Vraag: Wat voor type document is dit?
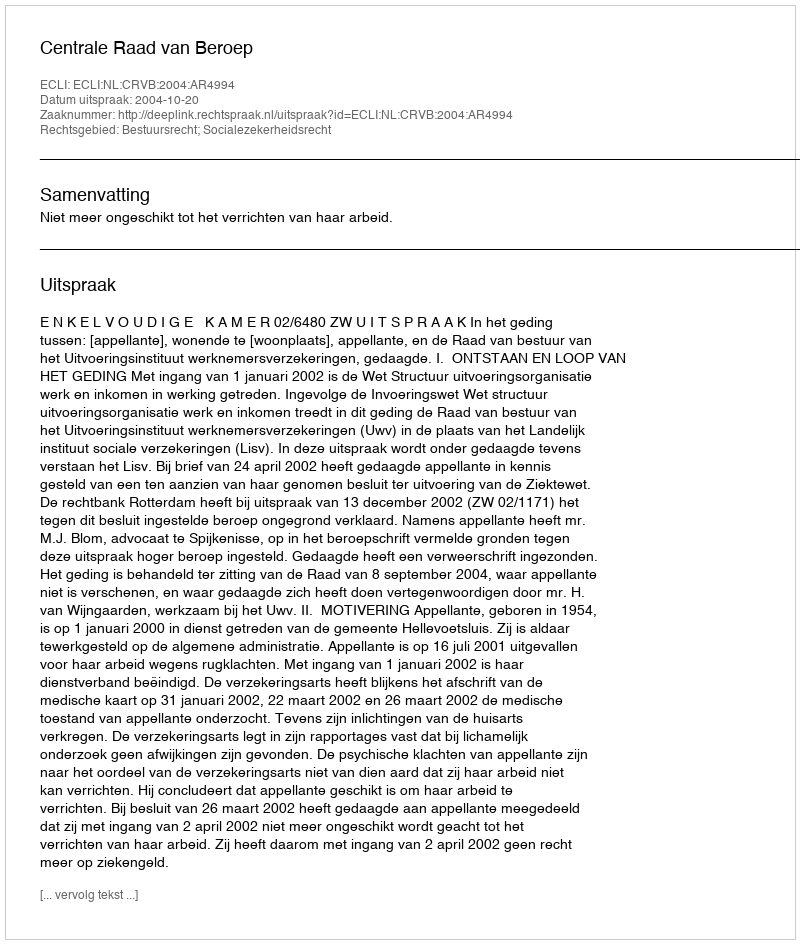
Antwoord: Uitspraak